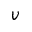
v